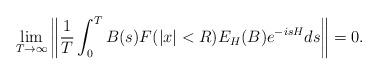
LaTeX: \begin{align*}\lim_{T\to\infty}\left\Vert\frac{1}{T}\int_0^T B(s)F(|x|<R)E_H(B)e^{-isH}ds\right\Vert=0.\end{align*}